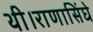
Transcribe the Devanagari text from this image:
थी।राणासिंघे